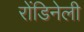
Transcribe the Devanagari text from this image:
रोंडिनेली